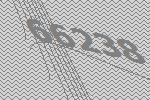
66238